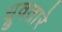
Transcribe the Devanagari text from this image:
ध्रुवतारे